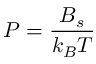
P = { \frac { B _ { s } } { k _ { B } T } }